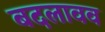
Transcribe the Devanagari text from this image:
बदलावव